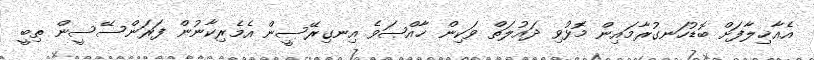
އެއާޚިލާފަށް ބޮޑުހަނގުރާމައިން މޮޅުވި ދައުލަތް ވަކިން ޚާއްޞަވެ އިނގިރޭސީން އެމެރިކާނުން ފަރަންސޭސީން ތިބީ